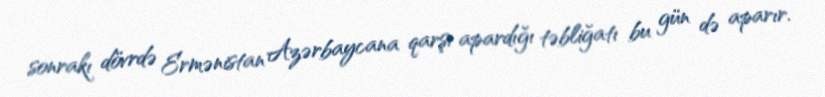
sonrakı dövrdə Ermənistan Azərbaycana qarşı apardığı təbliğatı bu gün də aparır.